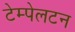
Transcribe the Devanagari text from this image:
टेम्पेलटन